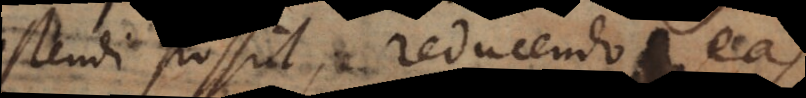
ostendi possit, reducendo eas